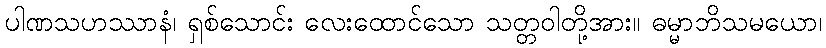
ပါဏသဟဿာနံ၊ ရှစ်သောင်း လေးထောင်သော သတ္တဝါတို့အား။ ဓမ္မာဘိသမယော၊